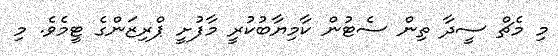
މި މެޗް ސީދާ ތިން ސެޓުން ކާމިޔާބުކުރީ މާފުށީ ޕްރިޒަންގެ ޓީމެވެ. މި